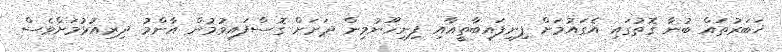
ޚަބަރުތައް ބުނާ ގޮތުގައި އެގައުމަށް ފިނިފައިބާތީއާއި ފިނިހޫނުމިން ދަށަށް ގޮސްފައިވުމުން އާންމު ދިރިއުޅުމަށްވެސް